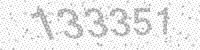
Solution: 133351